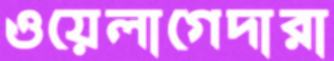
ওয়েলাগেদারা